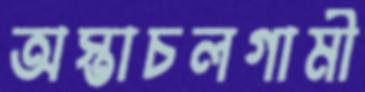
অস্তাচলগামী